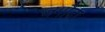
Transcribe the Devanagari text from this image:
जगौदा